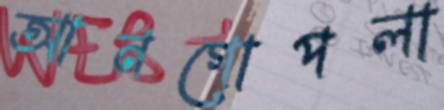
আনগোপলা